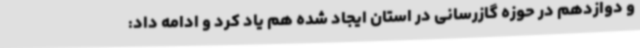
و دوازدهم در حوزه گازرسانی در استان ایجاد شده هم یاد کرد و ادامه داد: